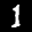
Label: 1